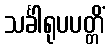
သင်္ခါရုပပတ္တိံ